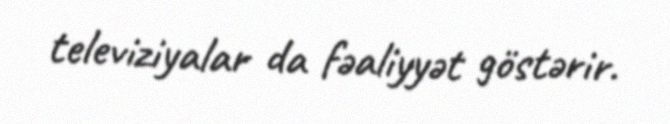
televiziyalar da fəaliyyət göstərir.